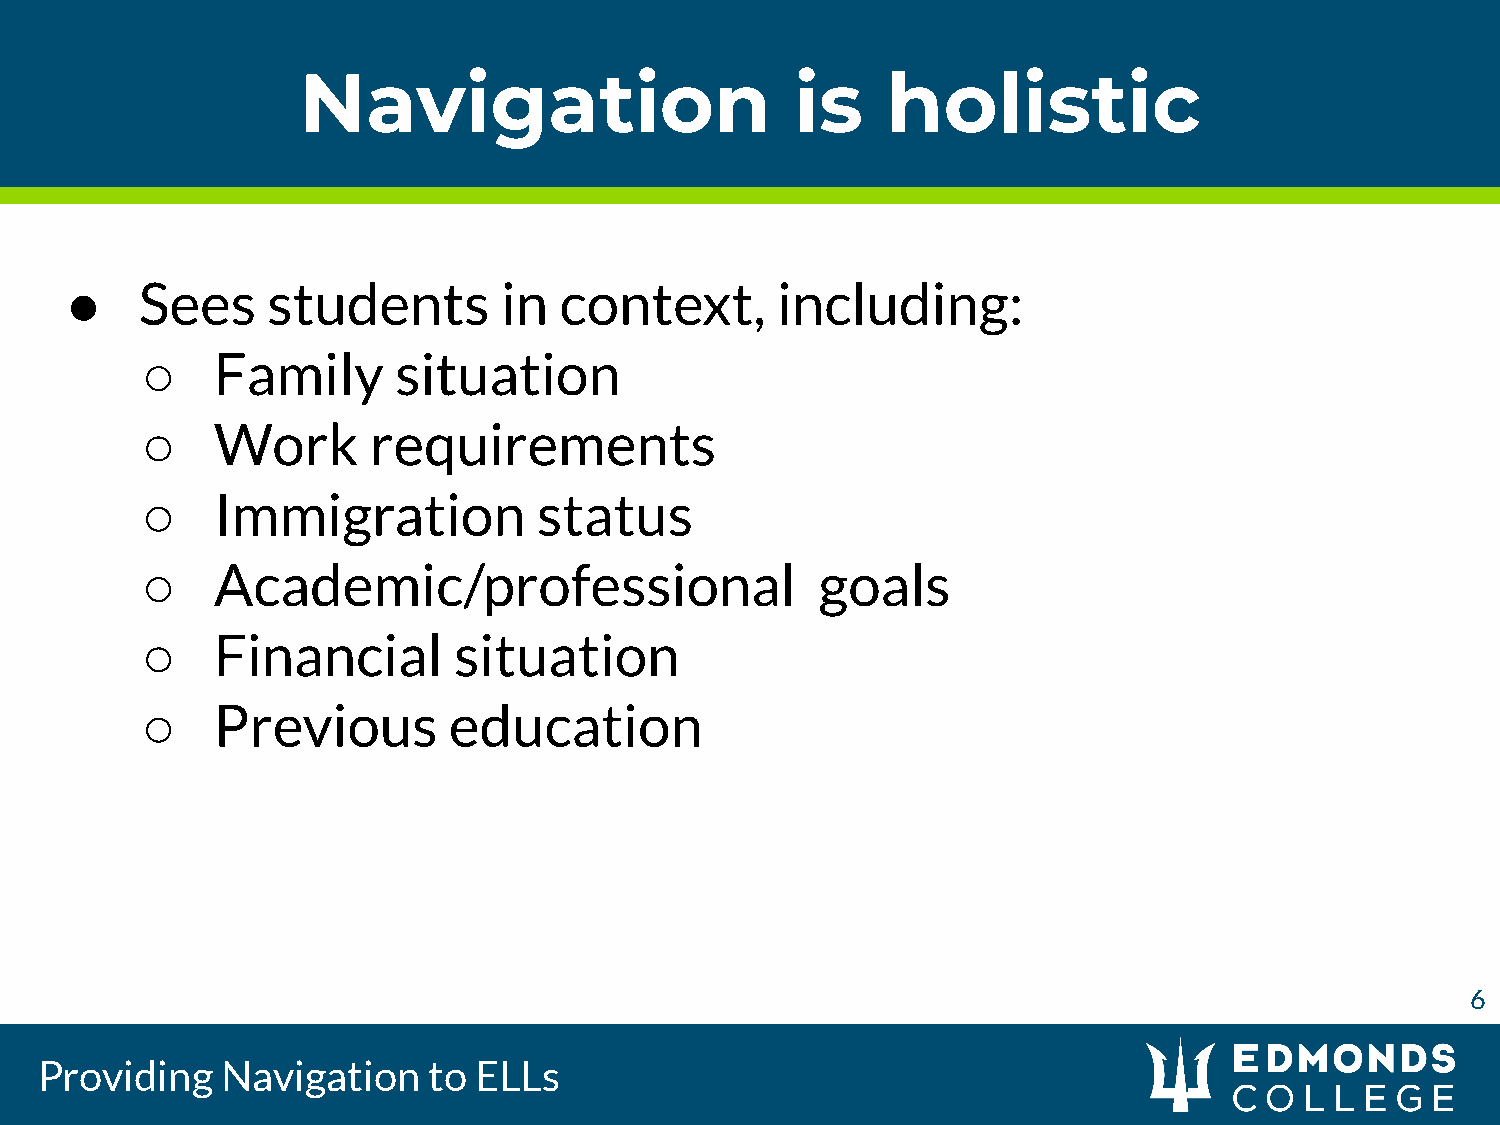
Navigation                       is    holistic
 ●    Sees     students       in  context,      including:
 ○    Family      situation
 ○    Work      requirements
 ○    Immigration           status
 ○    Academic/professional                   goals
 ○    Financial       situation
 ○    Previous        education
 6
 Providing    Navigation   to ELLs